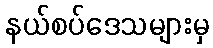
နယ်စပ်ဒေသများမှ